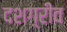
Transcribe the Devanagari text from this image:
दशग़्रीव